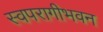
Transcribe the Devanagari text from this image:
स्वपरागीभवन